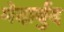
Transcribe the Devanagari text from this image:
मेदार्बुद